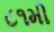
૮૧મી